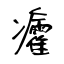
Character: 癨